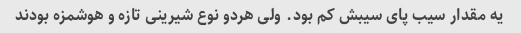
یه مقدار سیب پای سیبش کم بود. ولی هردو نوع شیرینی تازه و هوشمزه بودند